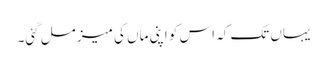
یہاں تک کہ اس کو اپنی ماں کی میز مل گئی۔